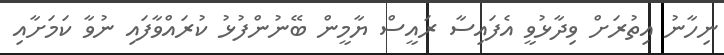
ނިހާނު އިތުރަށް ވިދާޅުވީ އެފައިސާ ރައީސް ޔާމީން ބޭނުންފުޅު ކުރައްވާފައި ނުވާ ކަމަށާއި